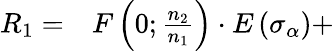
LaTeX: \begin{array}{rl}{R_{1}=}&{{}F\left(0;\frac{n_{2}}{n_{1}}\right)\cdot E\left(\sigma_{\alpha}\right)+}\end{array}